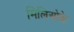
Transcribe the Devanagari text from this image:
मिलिओके